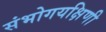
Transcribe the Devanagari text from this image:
संभोगयक्षिणी